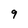
Character: 9